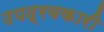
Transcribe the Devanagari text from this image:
उपद्रवकारी